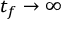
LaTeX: t _ { f } \rightarrow \infty